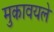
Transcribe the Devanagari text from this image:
मुकावयले